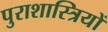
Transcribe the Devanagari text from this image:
पुराशास्त्रियों